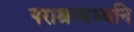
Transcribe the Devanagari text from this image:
पराश्रव्यध्वनि